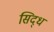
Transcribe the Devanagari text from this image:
सिद्‌ध